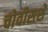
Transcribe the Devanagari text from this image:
चोवीसशे